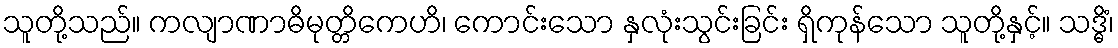
သူတို့သည်။ ကလျာဏာဓိမုတ္တိကေဟိ၊ ကောင်းသော နှလုံးသွင်းခြင်း ရှိကုန်သော သူတို့နှင့်။ သဒ္ဓိံ၊